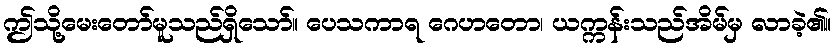
ဤသို့မေးတော်မူသည်ရှိသော်။ ပေသကာရ ဂေဟတော၊ ယက္ကန်းသည်အိမ်မှ လာခဲ့၏။